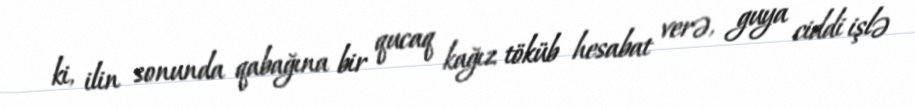
ki, ilin sonunda qabağına bir qucaq kağız töküb hesabat verə, guya ciddi işlə